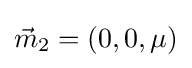
{\vec {m}}_{2}=(0,0,\mu )